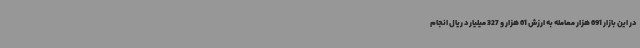
در این بازار 691 هزار معامله به ارزش 61 هزار و 327 میلیارد ریال انجام